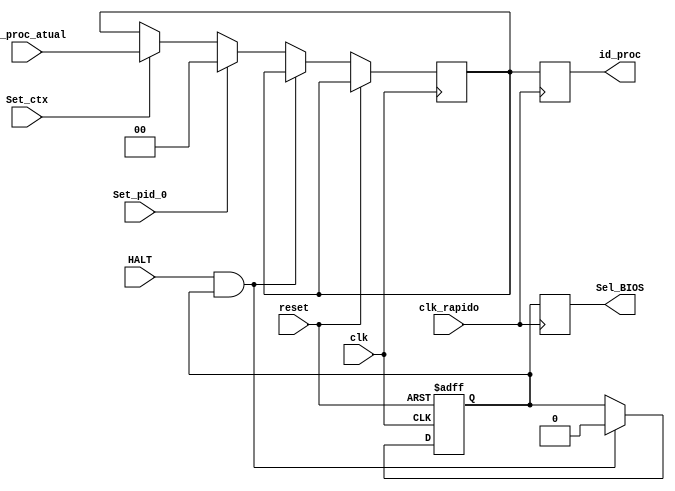
module controla_so(clk, clk_rapido, reset, HALT, Sel_BIOS, id_proc_atual, id_proc, Set_ctx, Set_pid_0);

input clk, clk_rapido, reset, HALT, Set_ctx, Set_pid_0;
input [1:0] id_proc_atual;
output reg Sel_BIOS;
output reg[1:0] id_proc;

reg BIOS_MODE = 1'b1;
reg [1:0] PID = 2'b00;


always @(posedge clk or posedge reset) begin
	if(reset == 1) begin
		BIOS_MODE <= 1;
	end
	else if (HALT == 1 && BIOS_MODE == 1)
	begin
		BIOS_MODE <= 0;
	end
	else if(Set_pid_0 == 1)
	begin
		PID <= 2'b00;// id_proc <-- 0 (SO vai executar)
	end
	else if(Set_ctx == 1)
	begin
		PID <= id_proc_atual;// pega novo id_proc da MD
	end
end

always @(posedge clk_rapido) begin
	Sel_BIOS <= BIOS_MODE;
	id_proc <= PID;
end

endmodule